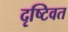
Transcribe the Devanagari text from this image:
दृष्टिवत